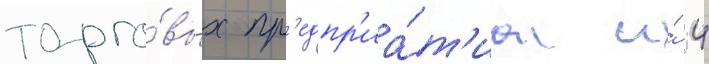
торго́вых пр'едпр'иа́т'иа и́ 4